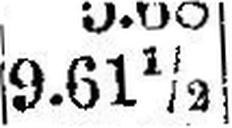
9.61½